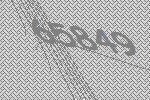
65849